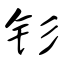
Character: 钐